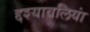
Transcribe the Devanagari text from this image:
द्दश्यावलियां